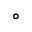
^ \circ